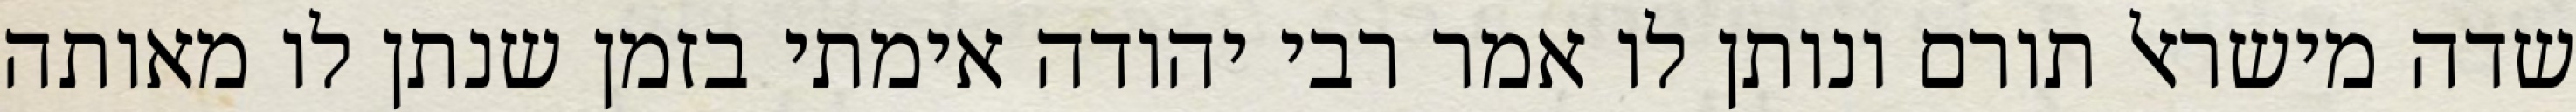
שדה מישראל תורם ונותן לו אמר רבי יהודה אימתי בזמן שנתן לו מאותה